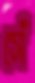
সেঁ